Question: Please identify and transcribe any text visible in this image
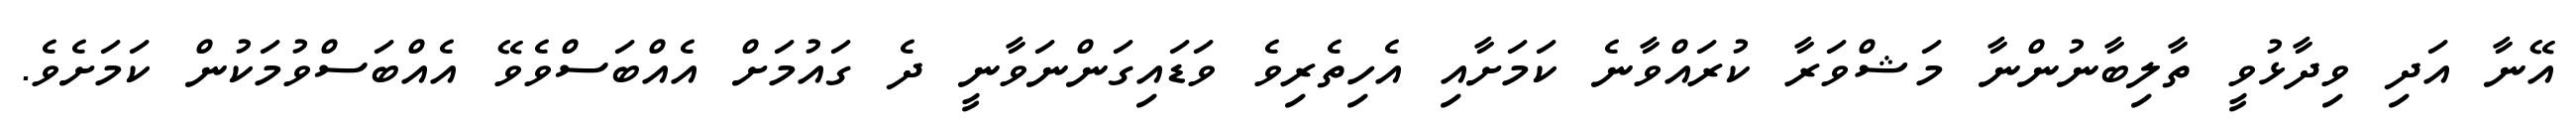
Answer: އޭނާ އަދި ވިދާޅުވީ ތާލިބާނުންނާ މަޝްވަރާ ކުރައްވާނެ ކަމަށާއި އެހިތެރިވެ ވަޑައިގަންނަވާނީ ދެ ގައުމަށް އެއްބަސްވެވޭ އެއްބަސްވުމަކުން ކަމަށެވެ.